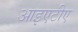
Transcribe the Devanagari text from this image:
आइएटीए